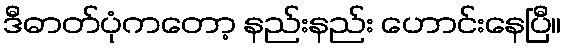
ဒီဓာတ်ပုံကတော့ နည်းနည်း ဟောင်းနေပြီ။